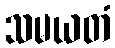
သမယတံ